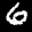
Label: 6